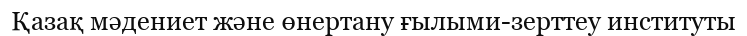
Қазақ мәдениет және өнертану ғылыми-зерттеу институты